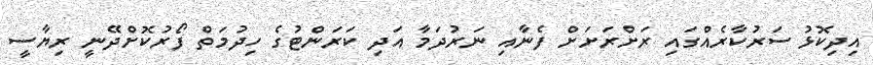
އިދިކޮޅު ސަރުކާރެއްގައި ރަށްރަށަށް ފެނާއި ނަރުދަމާ އަދި ކަރަންޓުގެ ހިދުމަތް ފޯރުކޮށްދޭނީ ރިޔާސީ